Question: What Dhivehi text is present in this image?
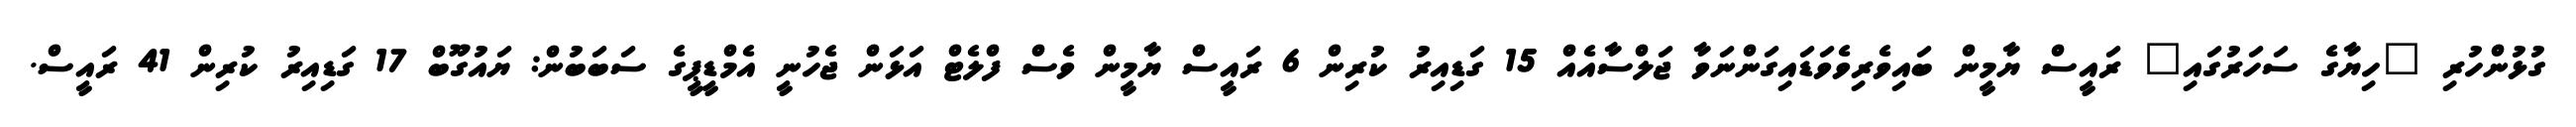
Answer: ގުޅުންހުރި "ހިޔާގެ ސަހަރުގައި" ރައީސް ޔާމީން ބައިވެރިވެވަޑައިގަންނަވާ ޖަލްސާއެއް 15 ގަޑިއިރު ކުރިން 6 ރައީސް ޔާމީން ވެސް ފްލެޓް އަޅަން ޖެހުނީ އެމްޑީޕީގެ ސަބަބުން: ޔައުގޫބް 17 ގަޑިއިރު ކުރިން 41 ރައީސް.